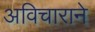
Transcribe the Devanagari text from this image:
अविचाराने